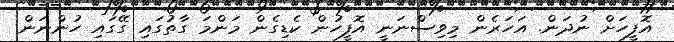
އޮފީހަށް ނުދަން. އަހަރެން މިވިސްނަނީ އޮފީހުން ކެޑިގެން މަންމަ ގާތުގައި ގޭގައި ހުންނަން